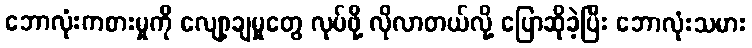
ဘောလုံးကစားမှုကို လျော့ချမှုတွေ လုပ်ဖို့ လိုလာတယ်လို့ ပြောဆိုခဲ့ပြီး ဘောလုံးသမား